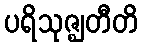
ပရိသုဇ္ဈတီတိ